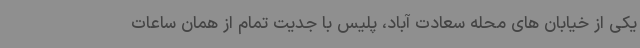
یکی از خیابان های محله سعادت آباد، پلیس با جدیت تمام از همان ساعات